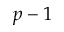
p - 1